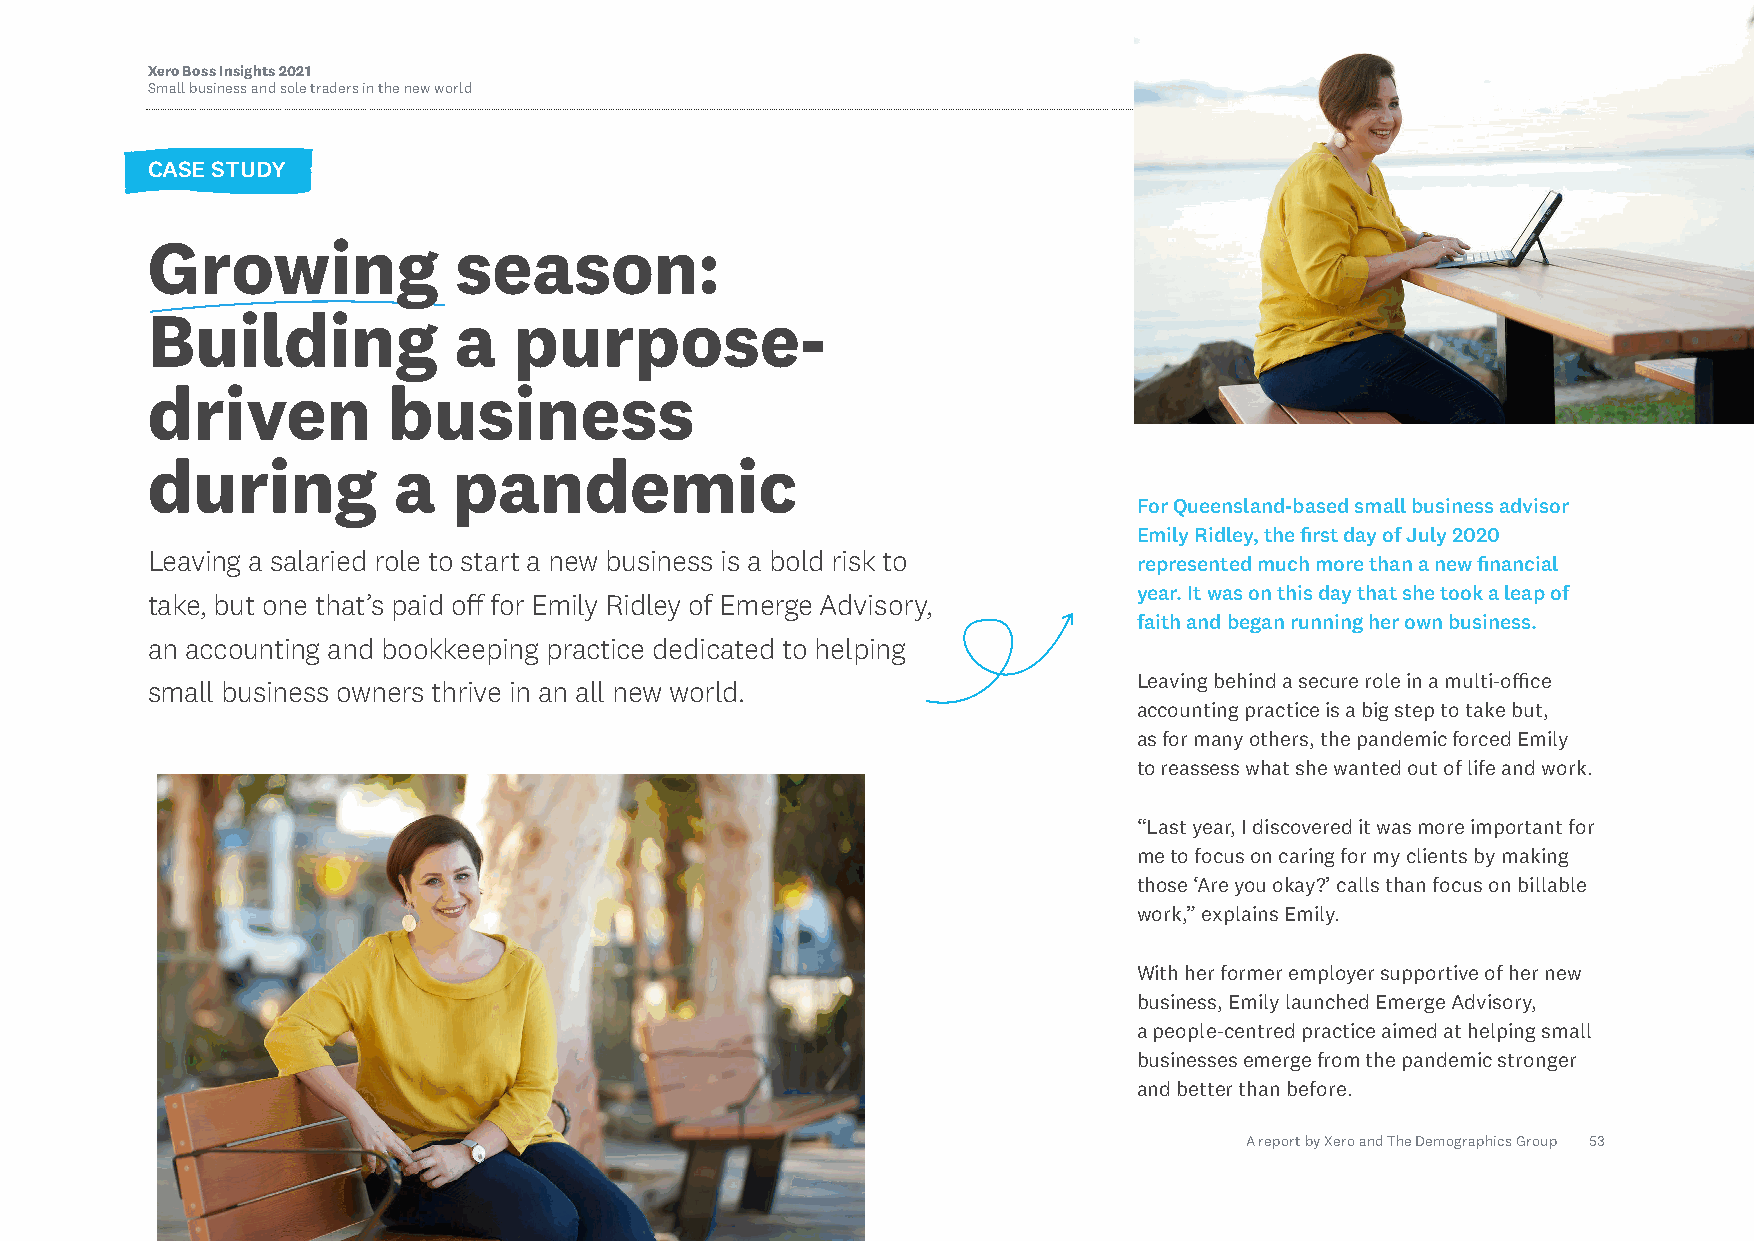
Xero Boss Insights 2021
 Small business and sole traders in the new world
 CASE STUDY
 Growing             season:
 Building            a   purpose-
 driven          business
 during          a   pandemic
 For Queensland-based small business advisor
 Emily Ridley, the first day of July 2020
 Leaving a salaried role to start a new business is a bold risk to
 represented much more than a new financial
 year. It was on this day that she took a leap of
 take, but one that’s paid off for Emily Ridley of Emerge Advisory,
 faith and began running her own business.
 an accounting and bookkeeping practice dedicated to helping
 Leaving behind a secure role in a multi-office
 small business owners thrive in an all new world.
 accounting practice is a big step to take but,
 as for many others, the pandemic forced Emily
 to reassess what she wanted out of life and work.
 “Last year, I discovered it was more important for
 me to focus on caring for my clients by making
 those ‘Are you okay?’ calls than focus on billable
 work,” explains Emily.
 With her former employer supportive of her new
 business, Emily launched Emerge Advisory,
 a people-centred practice aimed at helping small
 businesses emerge from the pandemic stronger
 and better than before.
 A report by Xero and The Demographics Group 53